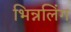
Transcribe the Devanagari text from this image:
भिन्नलिंग